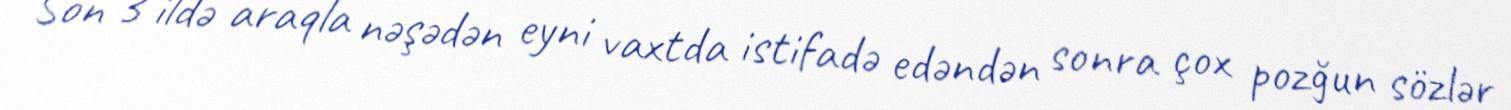
Son 3 ildə araqla nəşədən eyni vaxtda istifadə edəndən sonra çox pozğun sözlər